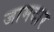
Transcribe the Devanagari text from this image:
जामदार